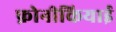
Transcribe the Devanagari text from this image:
फ़ोनीकियाई